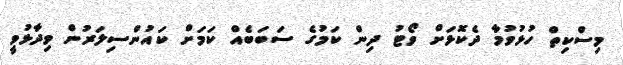
މިސްކިތް ހުޅުވުމާ ދެކޮޅަށް ވޯޓު ދިން ކަމުގެ ސަބަބެއް ކަމަށް ކައުންސިލަރުން ވިދާޅުވީ